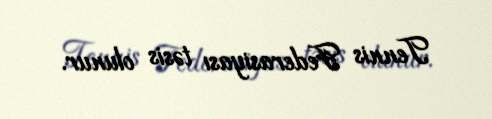
Tennis Federasiyası təsis olunur.